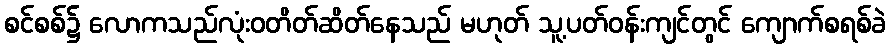
စင်စစ်၌ လောကသည်လုံးဝတိတ်ဆိတ်နေသည် မဟုတ် သူ့ပတ်ဝန်းကျင်တွင် ကျောက်စရစ်ခဲ